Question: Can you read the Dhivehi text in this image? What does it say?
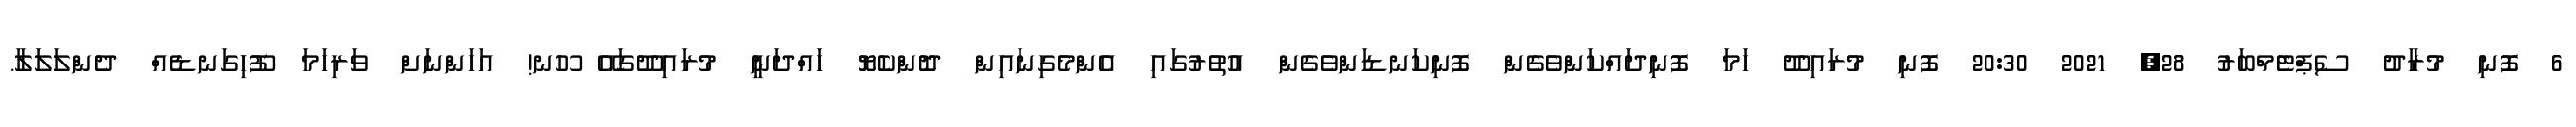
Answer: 6 ފޮނި މުރާދު ސެޕްޓެމްބަރު 28, 2021 20:30 ފޮނި މުރައިދޫ ހަމަ ފޮނިދައްކަންވެގެން ފޮނިކަނޑަންވެގެން އުތުރުގައި އެންމެގިނައިން ދޮންކެޔޮ ހައްދަނީ މުރައިދޫގައޭ ހޫނ! އަހަންނަށް ވަރިހަމަ ފޫހިގަނޑެއް ދެންލަލަލާ.